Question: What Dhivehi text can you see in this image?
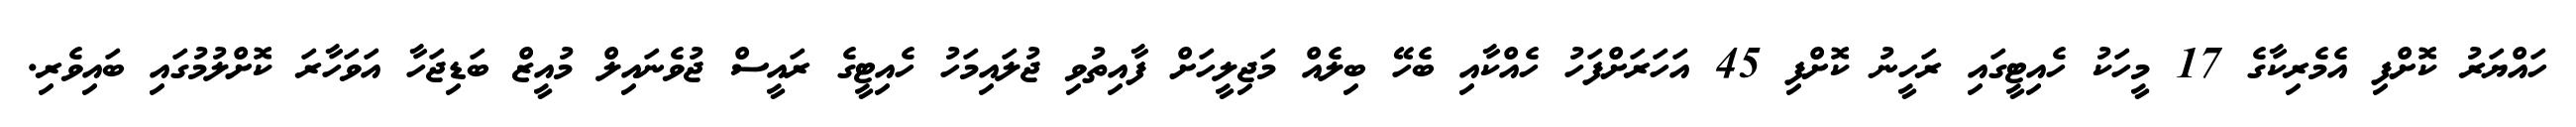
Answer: ހައްޔަރު ކޮށްފި އެމެރިކާގެ 17 މީހަކު ހެއިޓީގައި ރަހީނު ކޮށްފި 45 އަހަރަށްފަހު ހެއްކާއި ބެހޭ ބިލެއް މަޖިލީހަށް ފާއިތުވި ޖުލައިމަހު ހެއިޓީގެ ރައީސް ޖުވެނައިލް މުއީޒް ބަޑިޖަހާ އަވަހާރަ ކޮށްލުމުގައި ބައިވެރި.